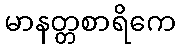
မာနတ္တစာရိကေ